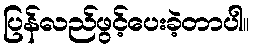
ပြန်လည်ဖွင့်ပေးခဲ့တာပါ။